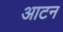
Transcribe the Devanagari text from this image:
आटन